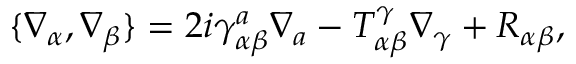
\{ \nabla _ { \alpha } , \nabla _ { \beta } \} = 2 i \gamma _ { \alpha \beta } ^ { a } \nabla _ { a } - T _ { \alpha \beta } ^ { \gamma } \nabla _ { \gamma } + R _ { \alpha \beta } ,